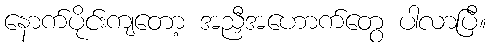
နောက်ပိုင်းကျတော့ အညှီအဟောက်တွေ ပါလာပြီ။